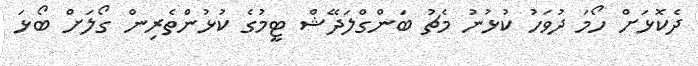
ދެކޮޅަށް ހޯމަ ދުވަހު ކުޅުނު މެޗު ބަންގްލަދޭޝް ޓީމުގެ ކުޅުންތެރިން ގޯލަށް ބޯޅަ